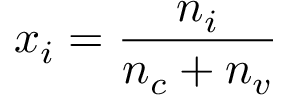
x _ { i } = \frac { n _ { i } } { n _ { c } + n _ { v } }